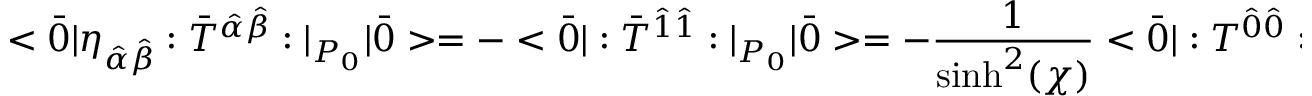
< \bar { 0 } | \eta _ { \hat { \alpha } \hat { \beta } } : \bar { T } ^ { \hat { \alpha } \hat { \beta } } : | _ { P _ { 0 } } | \bar { 0 } > = - < \bar { 0 } | : \bar { T } ^ { \hat { 1 } \hat { 1 } } : | _ { P _ { 0 } } | \bar { 0 } > = - \frac { 1 } { \sinh ^ { 2 } ( \chi ) } < \bar { 0 } | : T ^ { \hat { 0 } \hat { 0 } } : | _ { P _ { 0 } } | \bar { 0 } >